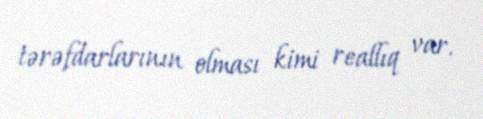
tərəfdarlarının olması kimi reallıq var.